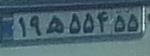
۱۹ه۵۵۴۵۵